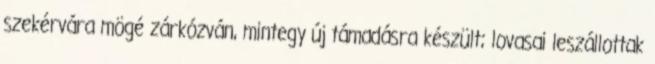
szekérvára mögé zárkózván, mintegy új támadásra készült; lovasai leszállottak